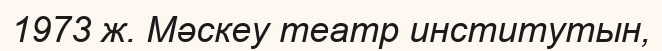
1973 ж. Мәскеу театр институтын,